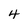
Character: 4